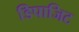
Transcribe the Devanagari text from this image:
डिपाजिट